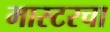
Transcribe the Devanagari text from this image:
मास्टरचा